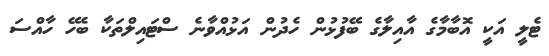
ޓެލީ އަކީ އޮބާމާގެ އާއިލާގެ ބޭފުޅުން ހެދުން އަޅުއްވާނެ ސްޓައިލްތަކާ ބެހޭ ހާއްސަ